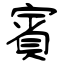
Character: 賓